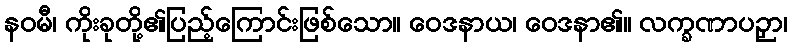
နဝမီ၊ ကိုးခုတို့၏ပြည့်ကြောင်းဖြစ်သော။ ဝေဒနာယ၊ ဝေဒနာ၏။ လက္ခဏာပဉှာ၊